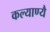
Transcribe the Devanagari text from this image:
कल्याण्यै